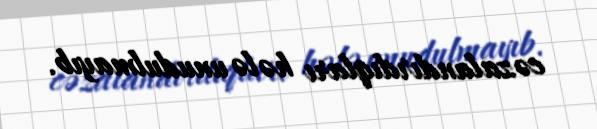
cəzalandırdıqları hələ unudulmayıb.